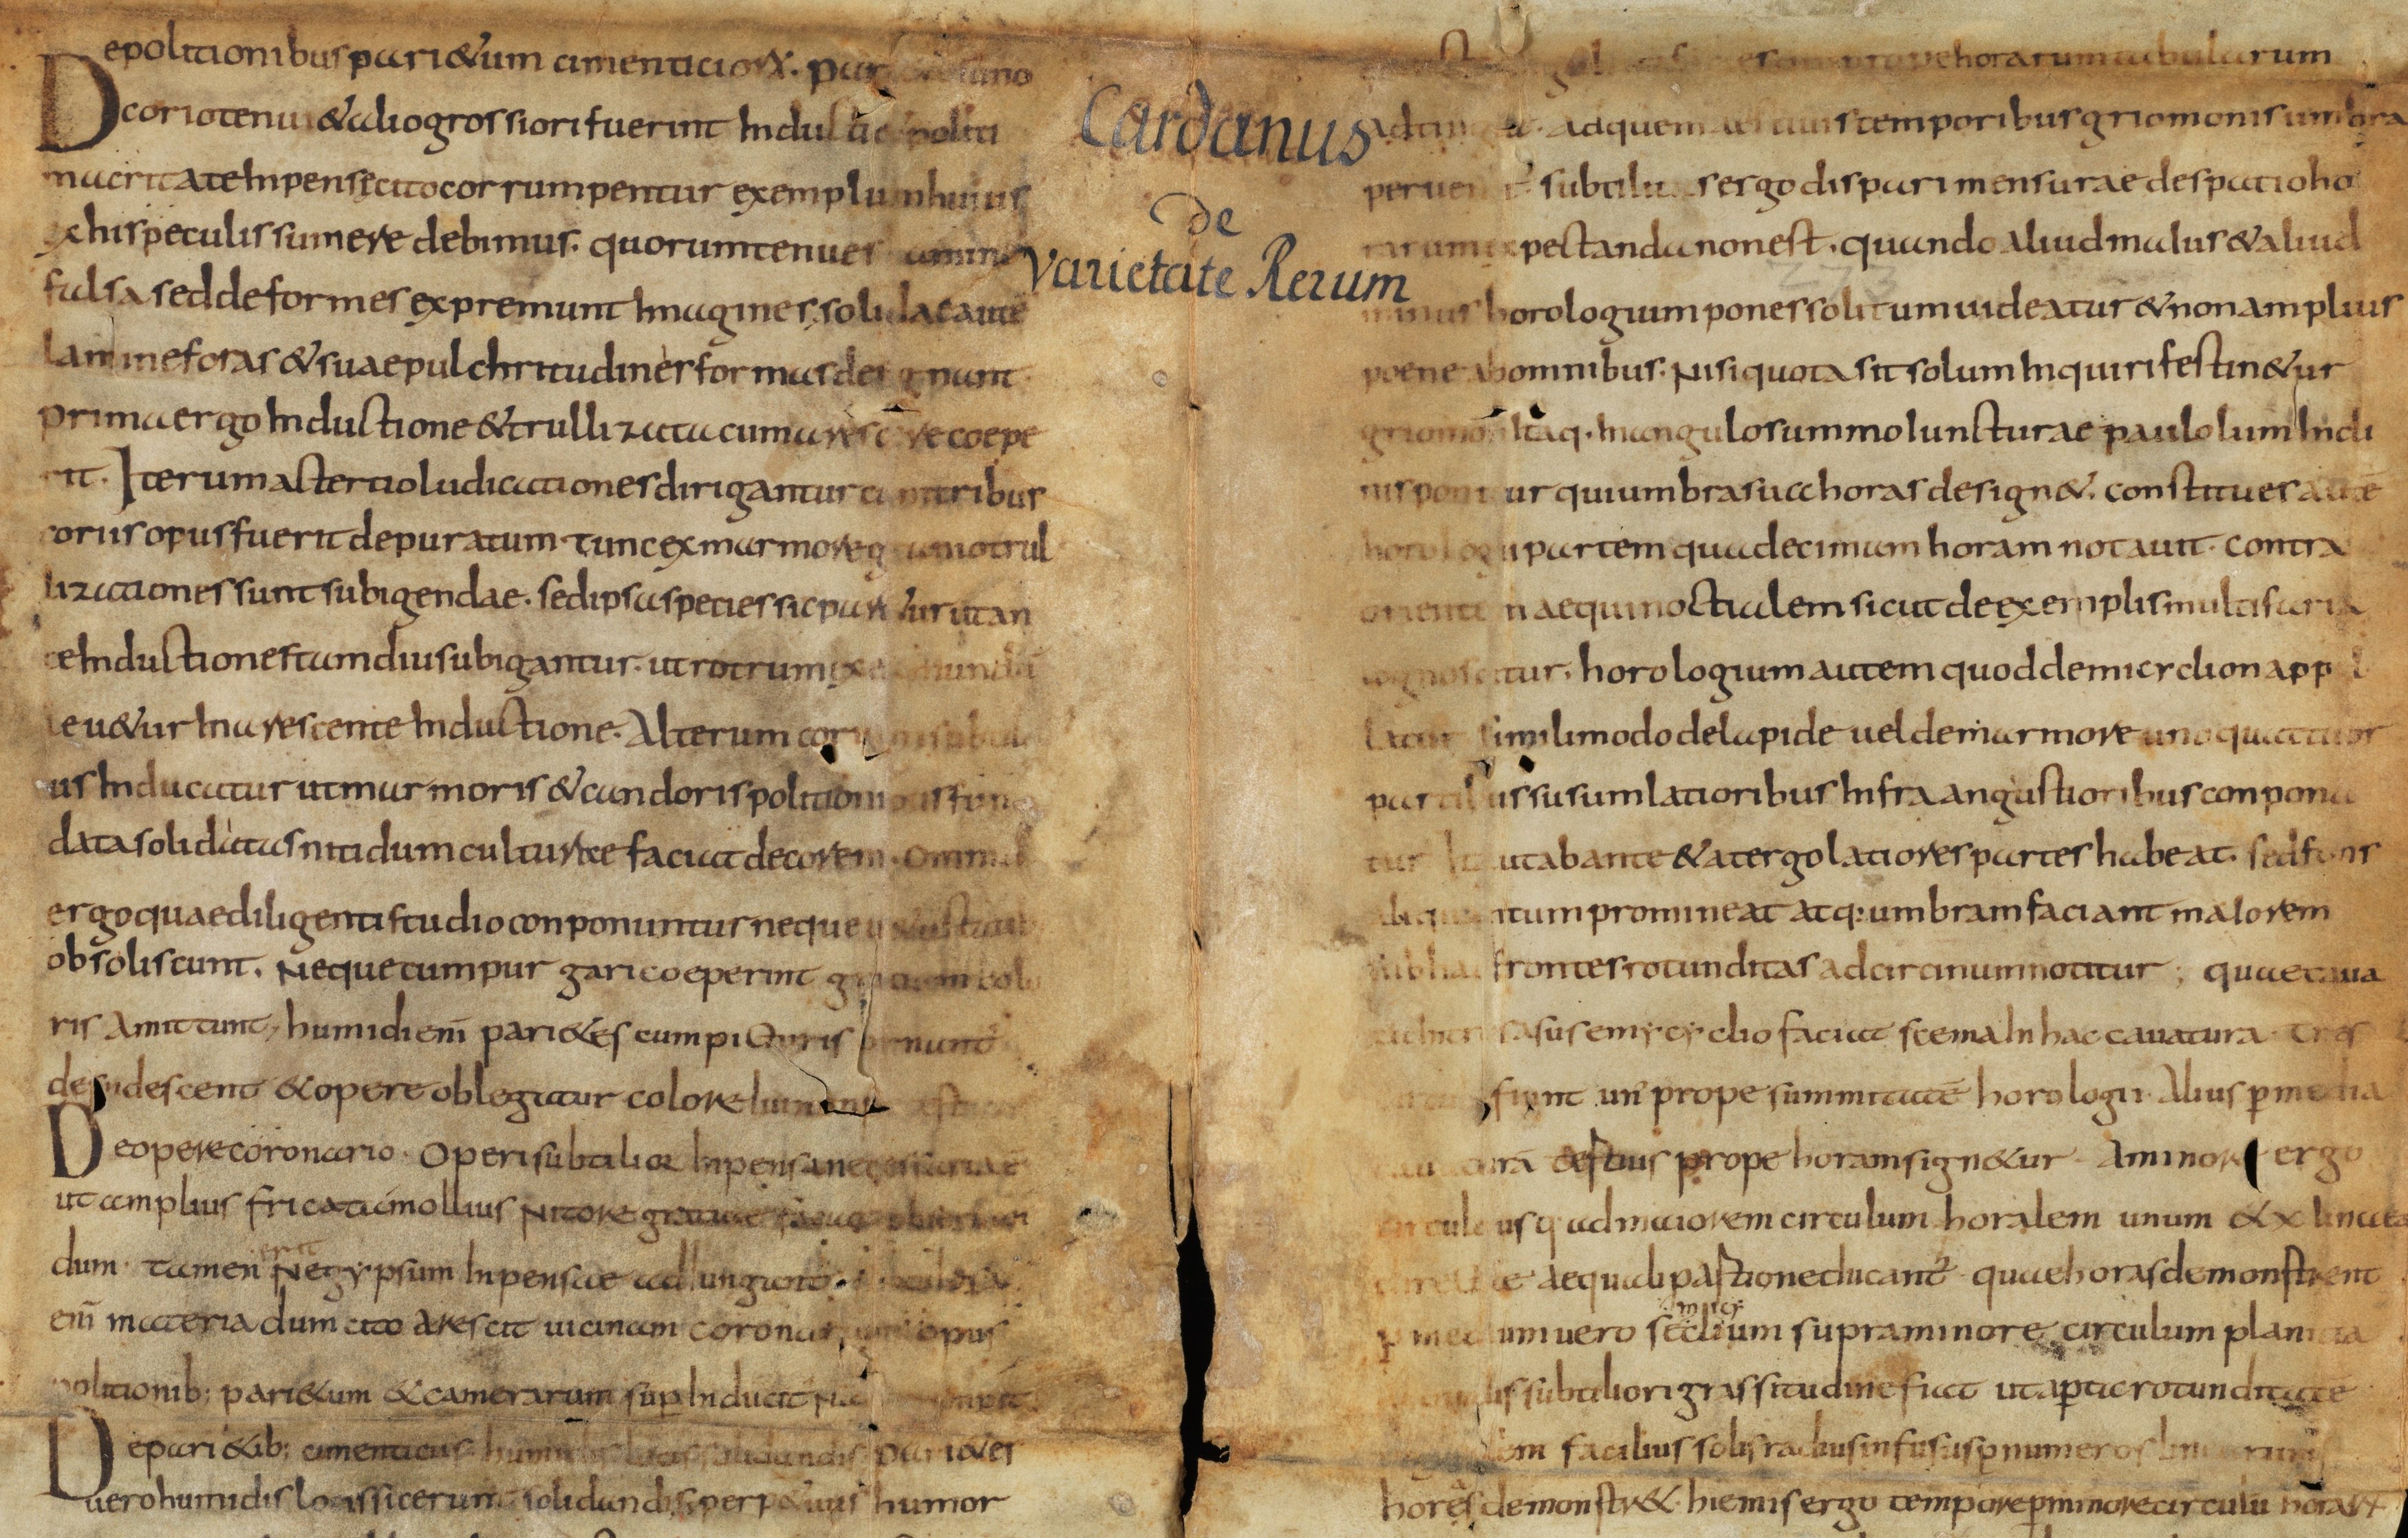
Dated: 835–865